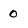
Character: 0